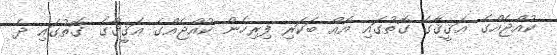
ކުއްޖެއްގެ ޢަޤީޤާގެ ގޮތުގައި އެއް ބަކަރި ފިރިހެން ކުއްޖެއްގެ ޢަޤީޤާގެ ގޮތުގައި ދެ